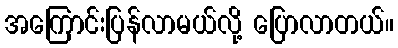
အကြောင်းပြန်လာမယ်လို့ ပြောလာတယ်။